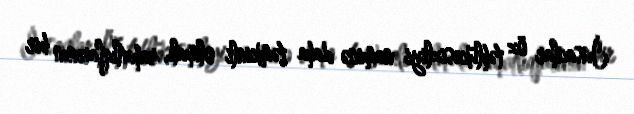
İnsanlar öz təhlükəsizliyi naminə daha təmkinli olmalı, rahatlıqlarının bir